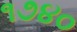
૧૭૪૦